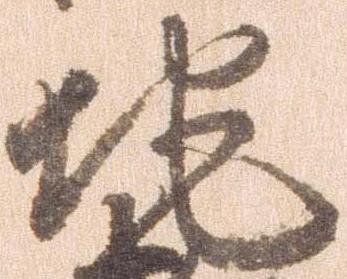
地